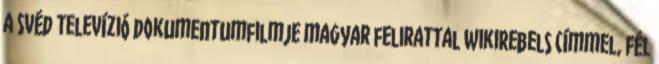
a Svéd Televízió dokumentumfilmje magyar felirattal WikiRebels címmel, fél